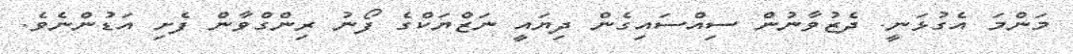
މަންމަ އެގުޅަނީ. ދެޒުވާނުން ސިއްސައިގެން ދިޔައީ ނަޒްޔަކްގެ ފޯނު ރިންގްވާން ފެށި އަޑުންނެވެ.